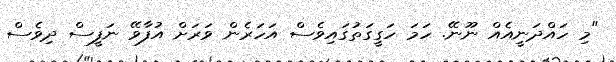
"މި ހައްދަނީއެއް ނޫނޭ. ހަމަ ހަގީގަތުގައިވެސް އަހަރެން ވަރަށް އުފާވޭ ނަފީސް ދިވެސް